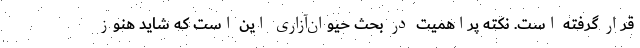
قرار گرفته است. نکته پراهمیت در بحث حیوان‌آزاری این است که شاید هنوز